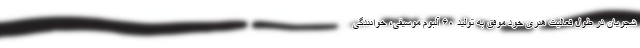
شجریان در طول فعالیت هنری خود موفق به تولید ۶۰ آلبوم موسیقی، خوانندگی